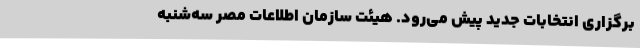
برگزاری انتخابات جدید پیش می‌رود. هیئت سازمان اطلاعات مصر سه‌شنبه